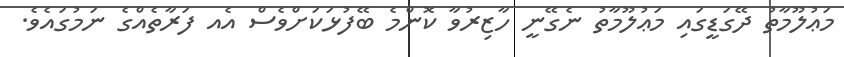
މަޢުލޫމާތު ދޭގަޑީގައި މަޢުލޫމާތު ނެގޭނީ ހާޒިރުވާ ކޮންމެ ބޭފުޅަކަށްވެސް އެއ ފަރާތެއްގެ ނަމުގައެވެ.